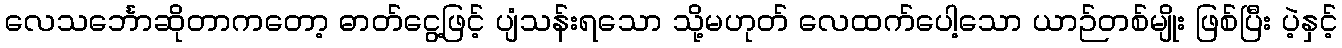
လေသင်္ဘောဆိုတာကတော့ ဓာတ်ငွေ့ဖြင့် ပျံသန်းရသော သို့မဟုတ် လေထက်ပေါ့သော ယာဉ်တစ်မျိုး ဖြစ်ပြီး ပဲ့နှင့်